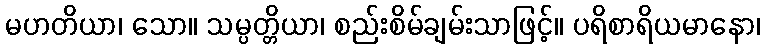
မဟတိယာ၊ သော။ သမ္ပတ္တိယာ၊ စည်းစိမ်ချမ်းသာဖြင့်။ ပရိစာရိယမာနော၊